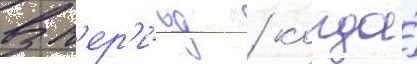
В п'ер'и́од / когда́